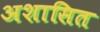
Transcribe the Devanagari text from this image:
अशासित